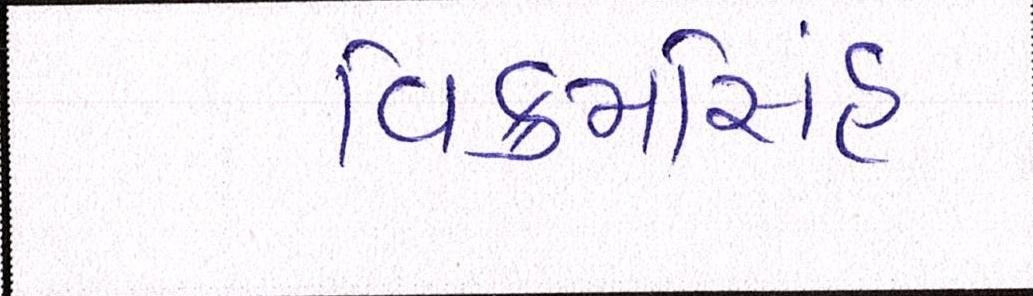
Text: વિક્રમસિંહ